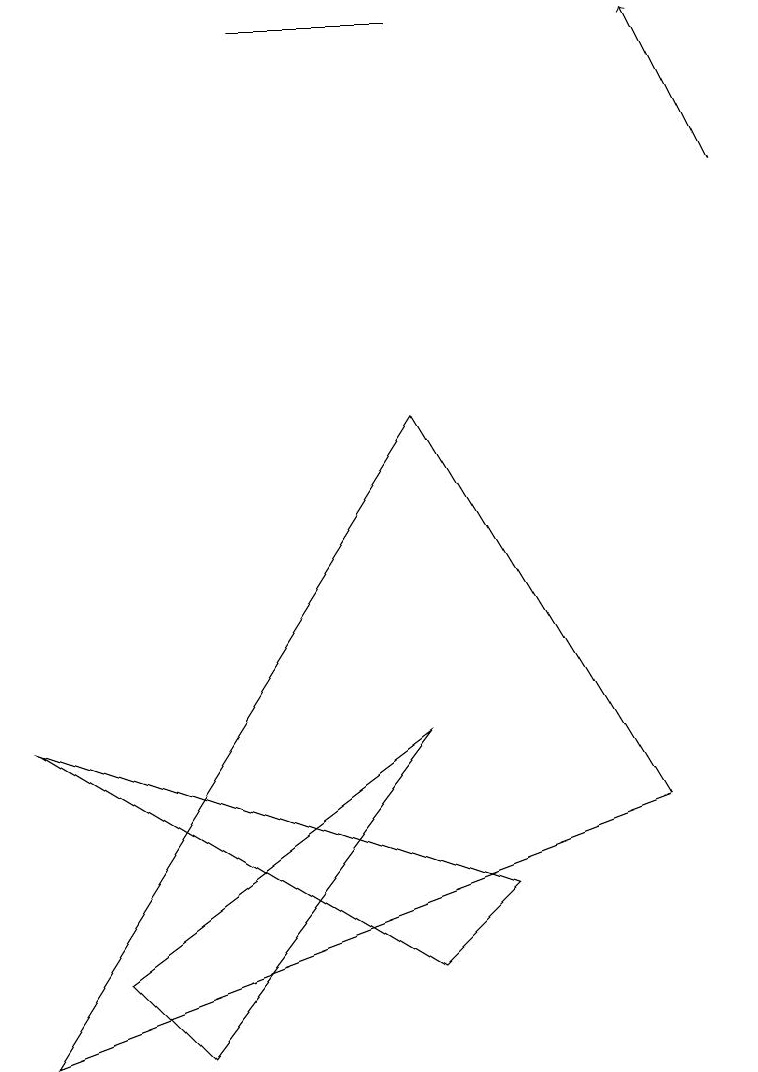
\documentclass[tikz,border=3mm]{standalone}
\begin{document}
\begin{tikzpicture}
\draw (5,14) rectangle (3,14);
\draw (5,5) -- (2,1) -- (1,2) -- cycle;
\draw[->] (9,12) -- (8,14);
\draw (7,10) rectangle (7,10);
\draw (8,4) -- (5,9) -- (0,1) -- cycle;
\draw (6,3) -- (0,5) -- (5,2) -- cycle;
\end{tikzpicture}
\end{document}